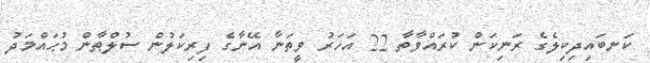
ކަނބައިދިކިލެގެ ރަނިކަން ކުރައްވާތާ 22 އަހަރު ވީތަނާ އޭނާގެ ފިރިކަލުން ސުލްޠާން މުޙައްމަދު